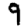
Digit: 9